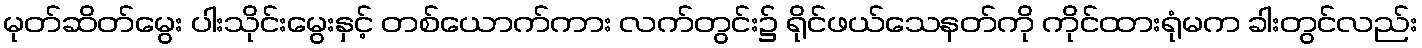
မုတ်ဆိတ်မွေး ပါးသိုင်းမွေးနှင့် တစ်ယောက်ကား လက်တွင်း၌ ရိုင်ဖယ်သေနတ်ကို ကိုင်ထားရုံမက ခါးတွင်လည်း